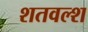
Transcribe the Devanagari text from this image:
शतवल्श